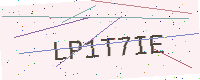
Text: LP1T7IE